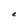
Character: C